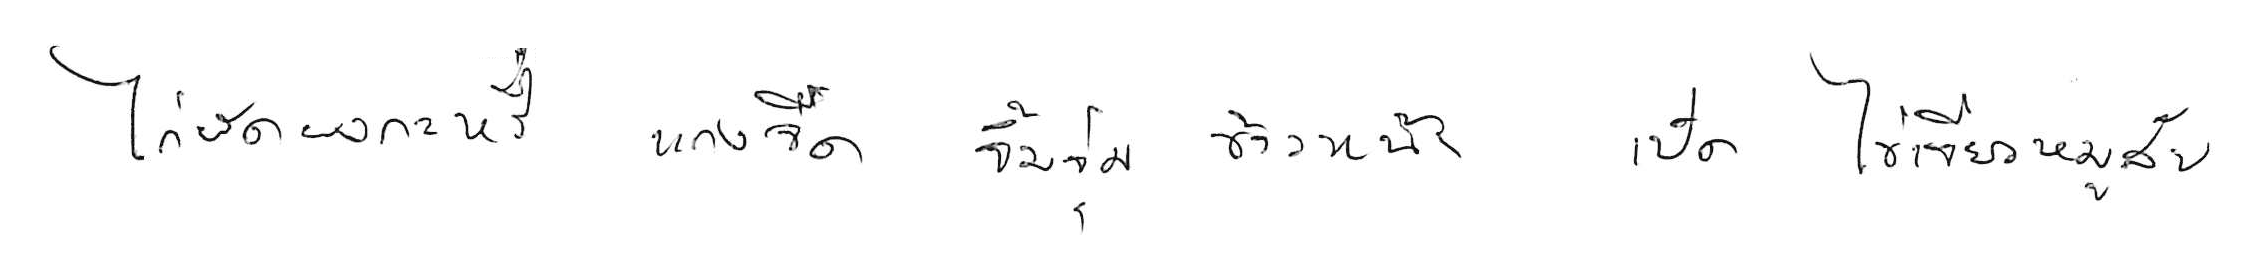
ไก่ผัดผงกะหรี่ แกงจืด จิ้มจุ่ม ข้าวหน้าเป็ด ไข่เจียวหมูสับ